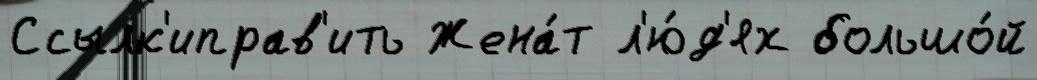
Ссылк'иправ'ить Жена́т л'ю́д'ях большо́й